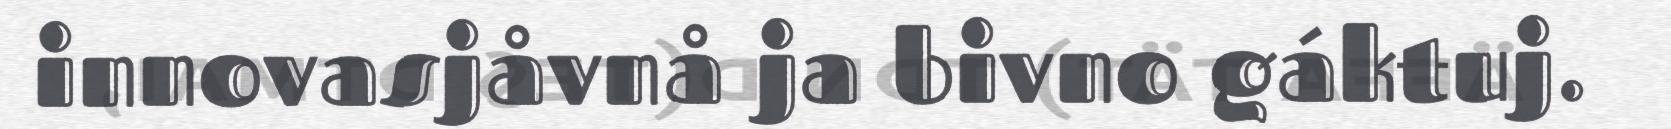
innovasjåvnå ja bivno gáktuj.